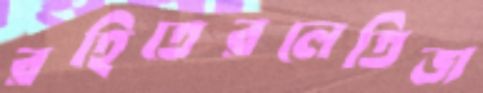
রহিতেরলেতিজ